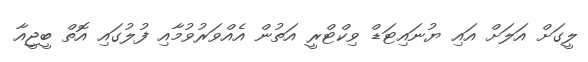
ލީގަށް އަލަށް އައި ޔުނައިޓަޑް ވިކްޓްރީ އަތުން އެއްވަރުވުމާއި ފުލުގައި އޮތް ބީޖީއާ